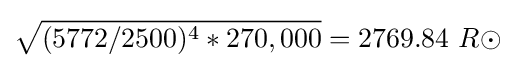
{\sqrt {(5772/2500)^{4}*270,000}}=2769.84\ R\odot